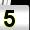
Digit: 5